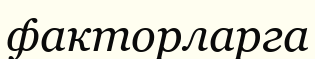
факторларга